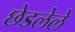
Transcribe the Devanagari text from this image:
छेडलेले